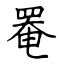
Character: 罨